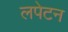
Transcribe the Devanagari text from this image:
लपेटन